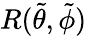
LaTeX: R(\tilde{\theta},\tilde{\phi})